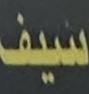
سيف